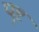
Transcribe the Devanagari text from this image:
पॄष्ट